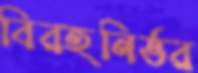
বিরহনির্ভর